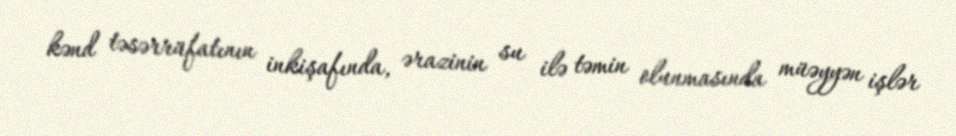
kənd təsərrüfatının inkişafında, ərazinin su ilə təmin olunmasında müəyyən işlər